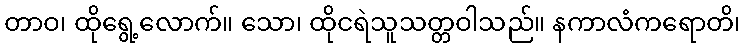
တာဝ၊ ထိုရွေ့လောက်။ သော၊ ထိုငရဲသူသတ္တဝါသည်။ နကာလံကရောတိ၊